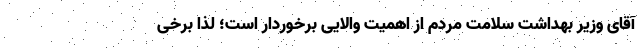
آقای وزیر بهداشت سلامت مردم از اهمیت والایی برخوردار است؛ لذا برخی